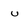
Character: u